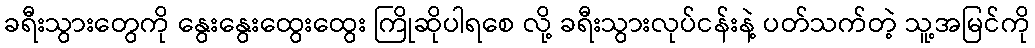
ခရီးသွားတွေကို နွေးနွေးထွေးထွေး ကြိုဆိုပါရစေ လို့ ခရီးသွားလုပ်ငန်းနဲ့ ပတ်သက်တဲ့ သူ့အမြင်ကို